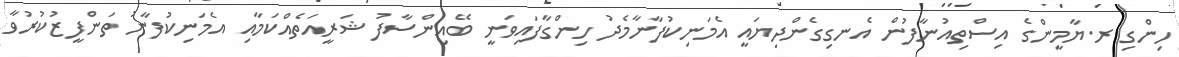
ހިންގި ރ.ޔާމީންގެ އިސްތިއުނާފުން އެނގިގެންދިޔައީ އެމަނިކުފާނާމެދު ހިންގާފައިވަނީ ބޭއިންސާފު ޝަރީއަތެއްކަމާއި އެމަނިކުފާނު ތަންފީޒުކުރުވާ